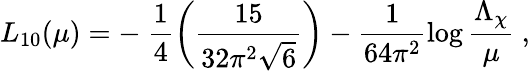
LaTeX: L_{10}(\mu)=-\ \frac{1}{4}\left(\frac{15}{32\pi^{2}\sqrt{6}}\right)-\frac{1}{64\pi^{2}}\log\frac{\Lambda_{\chi}}{\mu}\ ,